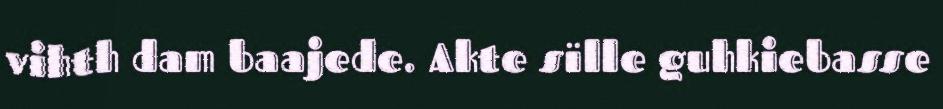
vihth dam baajede. Akte sïlle guhkiebasse